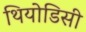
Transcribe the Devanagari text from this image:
थियोडिसी